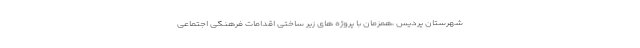
شهرستان پردیس ،همزمان با پروژه های زیر ساختی اقدامات فرهنگی اجتماعی